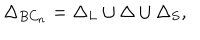
LaTeX: \Delta _ { B C _ { n } } = \Delta _ { L } \cup \Delta \cup \Delta _ { S } ,